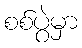
စစ်ပွဲမှာ